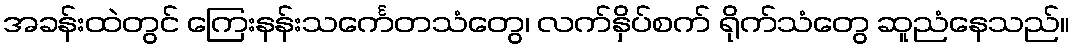
အခန်းထဲတွင် ကြေးနန်းသင်္ကေတသံတွေ၊ လက်နှိပ်စက် ရိုက်သံတွေ ဆူညံနေသည်။